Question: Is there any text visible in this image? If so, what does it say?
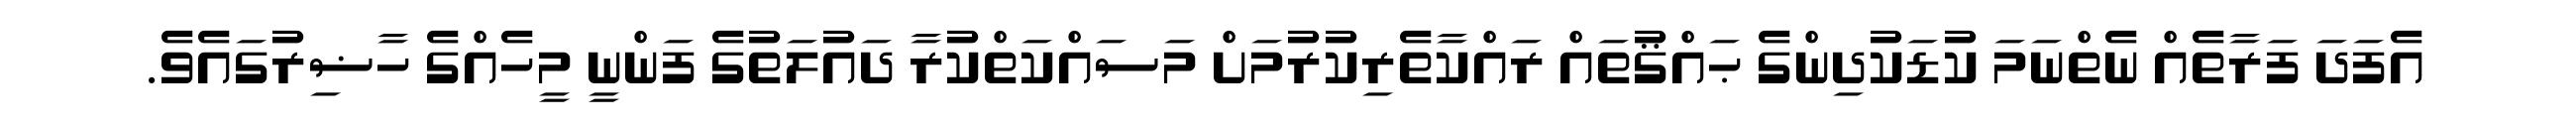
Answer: އެފަދަ ފަރާތެއް ނެތްނަމަ ކުޑަކުދިންގެ ޙައްޤުތައް ރައްކާތެރިކުރުމަށް މަސައްކަތްކުރާ ދައުލަތުގެ ފަންނީ މީހެއްގެ ހާޟިރުގައެވެ.